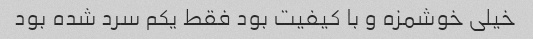
خیلی خوشمزه و با کیفیت بود فقط یکم سرد شده بود